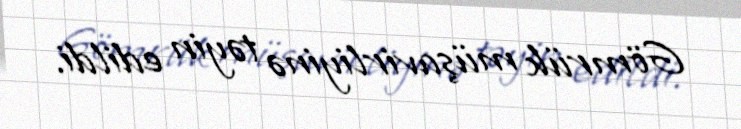
Gömrük müşavirliyinə təyin edildi.